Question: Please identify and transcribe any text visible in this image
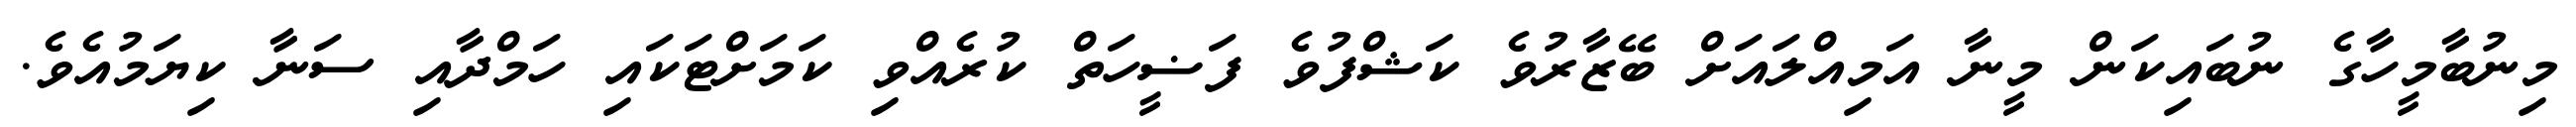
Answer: މިނުބާމީހާގެ ނުބައިކަން މީނާ އަމިއްލައަށް ބޭޒާރުވެ ކަޝްފުވެ ފަޟީހަތް ކުރެއްވި ކަމަށްޓަކައި ހަމްދާއި ސަނާ ކިޔަމުއެވެ.